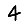
Digit: 4